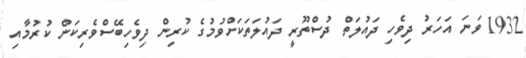
1932 ވަނަ އަހަރު ދިވެހި ދައުލަތް ދުސްތޫރީ ދައުލަތަކަށްވުމުގެ ކުރިން ދިވެހިބޭސްވެރިކަން ކުރުމާއި